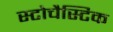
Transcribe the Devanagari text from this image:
स्टोचैस्टिक